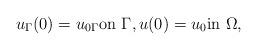
LaTeX: \begin{align*} u_\Gamma (0)=u_{0\Gamma}\mbox{on }\Gamma,u(0)=u_0\mbox{in }\Omega, \end{align*}